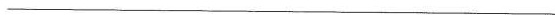
___